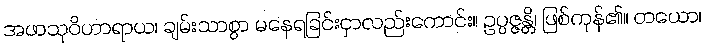
အဖာသုဝိဟာရာယ၊ ချမ်းသာစွာ မနေရခြင်းငှာလည်းကောင်း။ ဥပ္ပဇ္ဇန္တိ၊ ဖြစ်ကုန်၏။ တယော၊